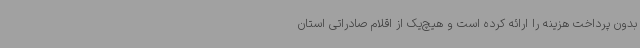
بدون پرداخت هزینه را ارائه کرده است و هیچ‌یک از اقلام صادراتی استان